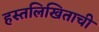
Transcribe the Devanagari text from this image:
हस्तलिखिताची